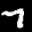
Label: 7